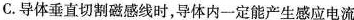
C.导体垂直切割磁感线时，导体内一定能产生感应电流